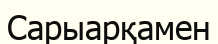
Сарыарқамен